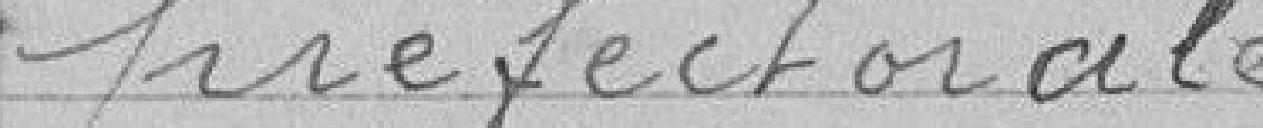
préfectorale.